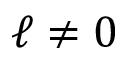
\ell \neq 0